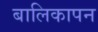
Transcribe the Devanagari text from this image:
बालिकापन